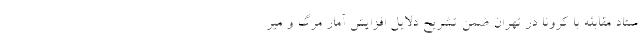
ستاد مقابله با کرونا در تهران ضمن تشریح دلایل افزایش آمار مرگ و میر